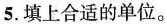
5.填上合适的单位。